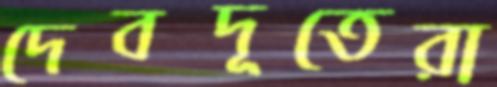
দেবদূতেরা